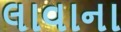
લાવાના